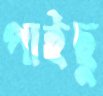
পাইছু